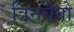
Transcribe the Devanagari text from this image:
त्रिनबैगो